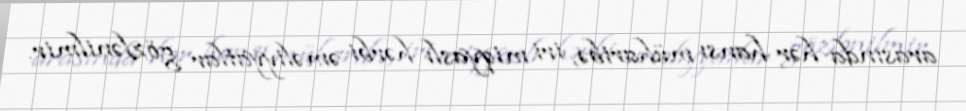
arasında hər hansı müharibə, iri miqyaslı hərbi əməliyyatlar gözlənilmir.